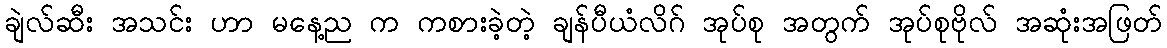
ချဲလ်ဆီး အသင်း ဟာ မနေ့ည က ကစားခဲ့တဲ့ ချန်ပီယံလိဂ် အုပ်စု အတွက် အုပ်စုဗိုလ် အဆုံးအဖြတ်